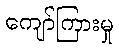
ကျော်ကြားမှု